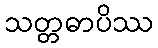
သတ္တဓာပိဿ